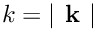
k = | \textbf { k } |